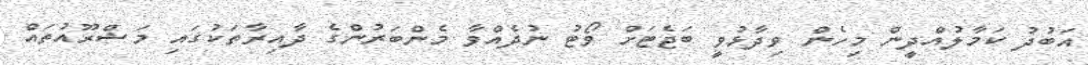
އަބުދު ކަމާލުއްދީން މިހެން ވިދާޅުވީ ބަޖެޓަށް ވޯޓު ނުދެއްވާ މެންބަރުންގެ ދާއިރާތަކުގައި މަޝްރޫއުތައް